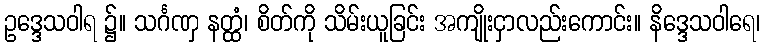
ဥဒ္ဒေသဝါရ ၌။ သင်္ဂဏှ နတ္ထံ၊ စိတ်ကို သိမ်းယူခြင်း အကျိုးငှာလည်းကောင်း။ နိဒ္ဒေသဝါရေ၊